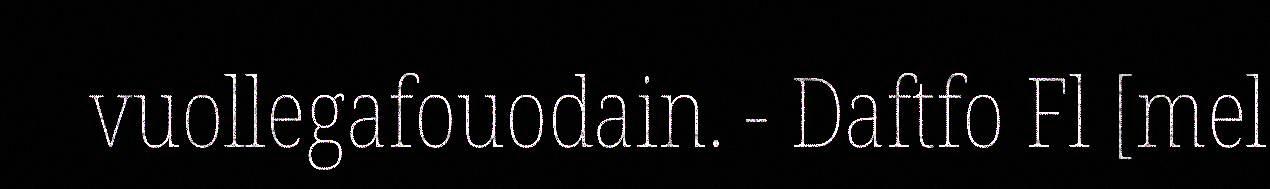
vuollegafouodain. - Daftfo Fl [mel